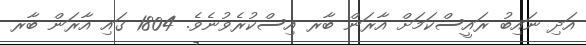
އަދި ނައިބު ރައީސްކަމަށް އާރަން ބާރ އިސްކުރެވުނެވެ. 1804 ގައި އާރަން ބާރ